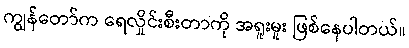
ကျွန်တော်က ရေလှိုင်းစီးတာကို အရူးမူး ဖြစ်နေပါတယ်။